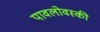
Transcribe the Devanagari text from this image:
पावलोवस्की